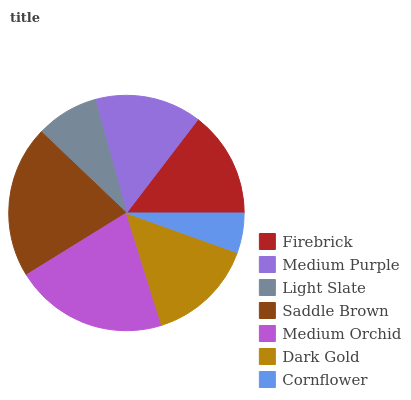
| Firebrick | Medium Purple | Light Slate | Saddle Brown | Medium Orchid | Dark Gold | Cornflower |
 | --- | --- | --- | --- | --- | --- | --- |
 | 14.6% | 14.7% | 8.59% | 21% | 21% | 14.7% | 5.47% |